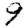
Digit: 9